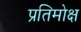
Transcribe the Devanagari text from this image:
प्रतिमोक्ष